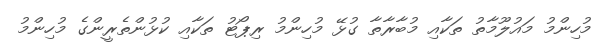
މުހިންމު މައުލޫމާތު ތަކާއި މުބާރާތާ ގުޅޭ މުހިންމު ރިޕޯޓު ތަކާއި ކުޅުންތެރީންގެ މުހިންމު